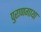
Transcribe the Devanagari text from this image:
पुराणगाथा